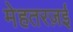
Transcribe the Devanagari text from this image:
मेहतरज़ई